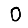
Digit: 0